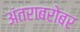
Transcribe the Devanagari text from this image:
अंतराबरोबर